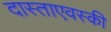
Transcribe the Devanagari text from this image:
दास्ताएवस्की